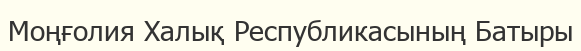
Моңғолия Халық Республикасының Батыры